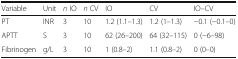
| Variable | Unit | n IO | n CV | IO | CV | IO–CV |
 | --- | --- | --- | --- | --- | --- | --- |
 | PT | INR | 3 | 10 | 1.2 (1.1–1.3) | 1.2 (1–1.3) | −0.1 (−0.1–0) |
 | APTT | S | 3 | 10 | 62 (26–200) | 64 (32–115) | 0 (−6–98) |
 | Fibrinogen | g/L | 3 | 10 | 1 (0.8–2) | 1.1 (0.8–2) | 0 (0–0) |